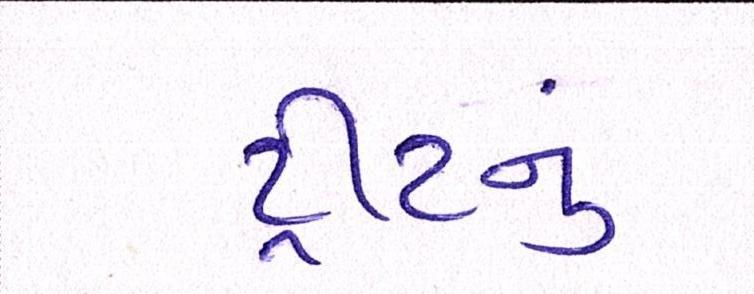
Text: ટ્રીટનું